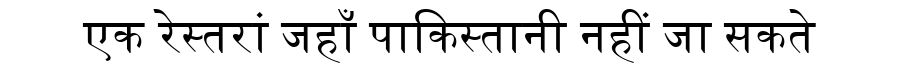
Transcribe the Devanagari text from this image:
एक रेस्तरां जहाँ पाकिस्तानी नहीं जा सकते